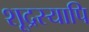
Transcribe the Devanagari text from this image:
शूद्रस्यापि